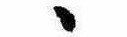
ゝ